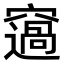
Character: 䆼